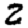
Digit: 2